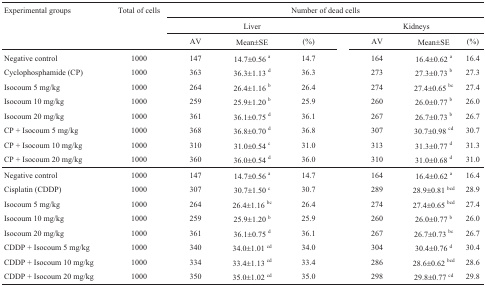
<table><thead><tr><td rowspan="3"><b>Experimental groups</b></td><td rowspan="3"><b>Total of cells</b></td><td colspan="6"><b>Number of dead cells</b></td></tr><tr><td colspan="3"><b>Liver</b></td><td colspan="3"><b>Kidneys</b></td></tr><tr><td><b>AV</b></td><td><b>Mean±SE</b></td><td><b>(%)</b></td><td><b>AV</b></td><td><b>Mean±SE</b></td><td><b>(%)</b></td></tr></thead><tbody><tr><td>Negative control</td><td>1000</td><td>147</td><td>14.7±0.56 <sup>a</sup></td><td>14.7</td><td>164</td><td>16.4±0.62 <sup>a</sup></td><td>16.4</td></tr><tr><td>Cyclophosphamide (CP)</td><td>1000</td><td>363</td><td>36.3±1.13 <sup>d</sup></td><td>36.3</td><td>273</td><td>27.3±0.73 <sup>b</sup></td><td>27.3</td></tr><tr><td>Isocoum 5 mg/kg</td><td>1000</td><td>264</td><td>26.4±1.16 <sup>b</sup></td><td>26.4</td><td>274</td><td>27.4±0.65 <sup>bc</sup></td><td>27.4</td></tr><tr><td>Isocoum 10 mg/kg</td><td>1000</td><td>259</td><td>25.9±1.20 <sup>b</sup></td><td>25.9</td><td>260</td><td>26.0±0.77 <sup>b</sup></td><td>26.0</td></tr><tr><td>Isocoum 20 mg/kg</td><td>1000</td><td>361</td><td>36.1±0.75 <sup>d</sup></td><td>36.1</td><td>267</td><td>26.7±0.73 <sup>b</sup></td><td>26.7</td></tr><tr><td>CP + Isocoum 5 mg/kg</td><td>1000</td><td>368</td><td>36.8±0.70 <sup>d</sup></td><td>36.8</td><td>307</td><td>30.7±0.98 <sup>cd</sup></td><td>30.7</td></tr><tr><td>CP + Isocoum 10 mg/kg</td><td>1000</td><td>310</td><td>31.0±0.54 <sup>c</sup></td><td>31.0</td><td>313</td><td>31.3±0.77 <sup>d</sup></td><td>31.3</td></tr><tr><td>CP + Isocoum 20 mg/kg</td><td>1000</td><td>360</td><td>36.0±0.54 <sup>d</sup></td><td>36.0</td><td>310</td><td>31.0±0.68 <sup>d</sup></td><td>31.0</td></tr><tr><td>Negative control</td><td>1000</td><td>147</td><td>14.7±0.56 <sup>a</sup></td><td>14.7</td><td>164</td><td>16.4±0.62 <sup>a</sup></td><td>16.4</td></tr><tr><td>Cisplatin (CDDP)</td><td>1000</td><td>307</td><td>30.7±1.50 <sup>c</sup></td><td>30.7</td><td>289</td><td>28.9±0.81 <sup>bcd</sup></td><td>28.9</td></tr><tr><td>Isocoum 5 mg/kg</td><td>1000</td><td>264</td><td>26.4±1.16 <sup>bc</sup></td><td>26.4</td><td>274</td><td>27.4±0.65 <sup>bcd</sup></td><td>27.4</td></tr><tr><td>Isocoum 10 mg/kg</td><td>1000</td><td>259</td><td>25.9±1.20 <sup>b</sup></td><td>25.9</td><td>260</td><td>26.0±0.77 <sup>b</sup></td><td>26.0</td></tr><tr><td>Isocoum 20 mg/kg</td><td>1000</td><td>361</td><td>36.1±0.75 <sup>d</sup></td><td>36.1</td><td>267</td><td>26.7±0.73 <sup>bc</sup></td><td>26.7</td></tr><tr><td>CDDP + Isocoum 5 mg/kg</td><td>1000</td><td>340</td><td>34.0±1.01 <sup>cd</sup></td><td>34.0</td><td>304</td><td>30.4±0.76 <sup>d</sup></td><td>30.4</td></tr><tr><td>CDDP + Isocoum 10 mg/kg</td><td>1000</td><td>334</td><td>33.4±1.13 <sup>cd</sup></td><td>33.4</td><td>286</td><td>28.6±0.62 <sup>bcd</sup></td><td>28.6</td></tr><tr><td>CDDP + Isocoum 20 mg/kg</td><td>1000</td><td>350</td><td>35.0±1.02 <sup>cd</sup></td><td>35.0</td><td>298</td><td>29.8±0.77 <sup>cd</sup></td><td>29.8</td></tr></tbody></table>